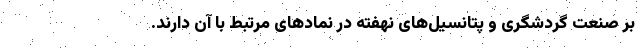
بر صنعت گردشگری و پتانسیل‌های نهفته در نمادهای مرتبط با آن دارند.